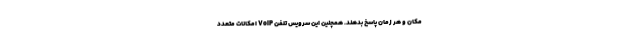
مکان و هر زمان پاسخ بدهند. همچنین این سرویس تلفن VoIP امکانات متعدد